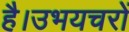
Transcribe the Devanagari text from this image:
है।उभयचरों